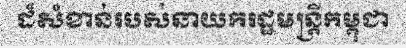
ដ៏សំខាន់របស់នាយករដ្ឋមន្ត្រីកម្ពុជា